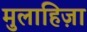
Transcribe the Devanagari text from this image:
मुलाहिज़ा